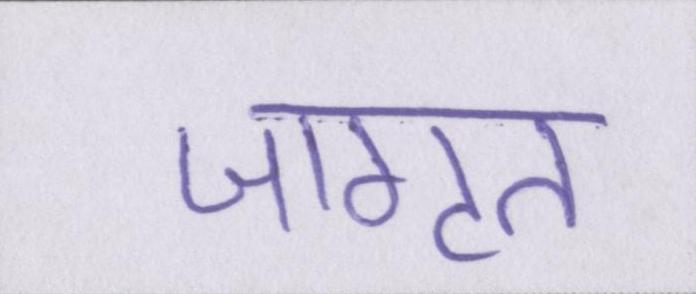
जागृत